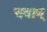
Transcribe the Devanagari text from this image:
चवाण्